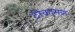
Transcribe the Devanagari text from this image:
टोकामक